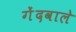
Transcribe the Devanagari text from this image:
गेंदवाले